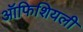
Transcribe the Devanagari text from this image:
ऑफिशियली